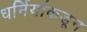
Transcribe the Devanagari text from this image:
धर्मियांकडून